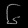
Digit: ၆